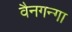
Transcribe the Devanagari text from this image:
वैनगन्गा